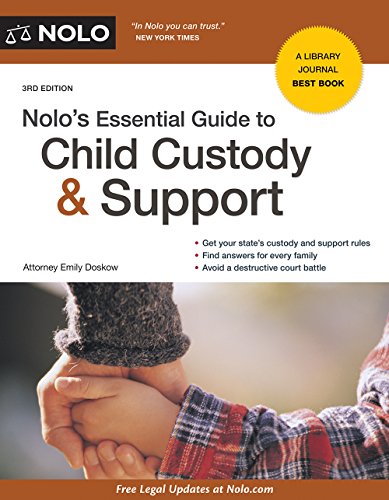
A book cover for Nolo's Essential Guide to Child Custody and Support (Nolo's Essential Guide to Child Custody & Support); Emily Doskow Attorney; Law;